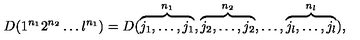
D ( 1 ^ { n _ { 1 } } 2 ^ { n _ { 2 } } \ldots l ^ { n _ { 1 } } ) = D ( \overbrace { j _ { 1 } , \ldots , j _ { 1 } } ^ { n _ { 1 } } , \overbrace { j _ { 2 } , \ldots , j _ { 2 } } ^ { n _ { 2 } } , \ldots , \overbrace { j _ { l } , \ldots , j _ { l } } ^ { n _ { l } } ) ,